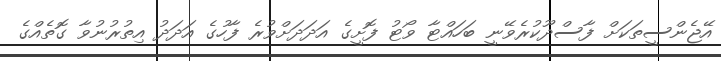
އޭޖެންސީތަކަށް ފާސްދޫކުރެވޭނީ ބަހައްޓާ ވޯޓު ފޮށީގެ އަދަދަށްވުރެ ފާހުގެ އަދަދު އިތުރުނުވާ ގޮތެއްގެ